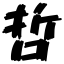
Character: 哲